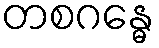
တစဂန္ဓေ